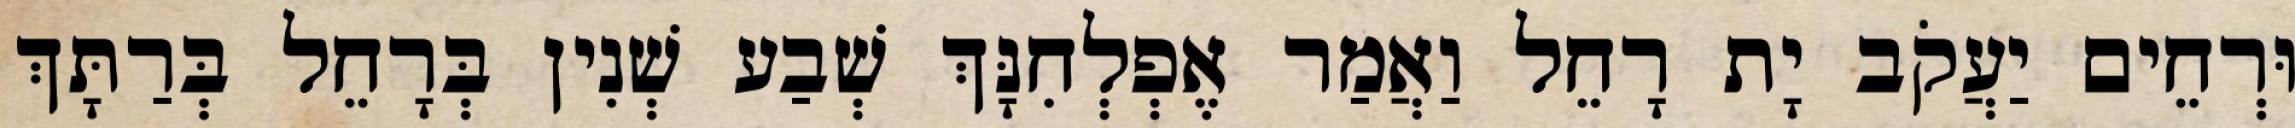
וּרְחֵים יַעֲקֹב יָת רָחֵל וַאֲמַר אֶפְלְחִנָּךְ שְׁבַע שְׁנִין בְּרָחֵל בְּרַתָּךְ